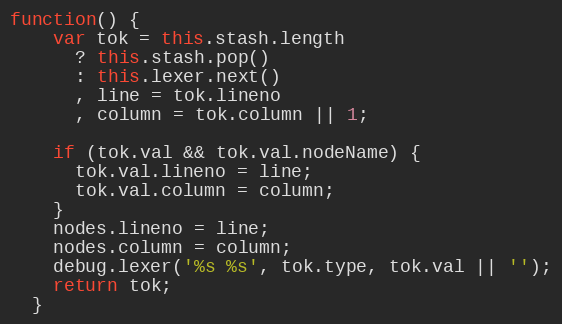
Language: JavaScript
function() {
    var tok = this.stash.length
      ? this.stash.pop()
      : this.lexer.next()
      , line = tok.lineno
      , column = tok.column || 1;

    if (tok.val && tok.val.nodeName) {
      tok.val.lineno = line;
      tok.val.column = column;
    }
    nodes.lineno = line;
    nodes.column = column;
    debug.lexer('%s %s', tok.type, tok.val || '');
    return tok;
  }